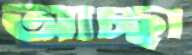
আচ্ছা